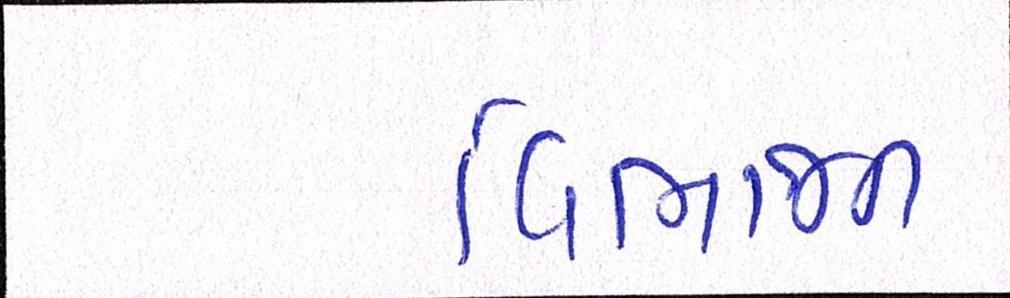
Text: વિભાજન